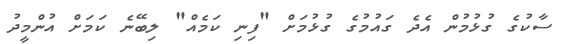
ސާކުގެ ގުޅުމުން އެދެ ގައުމުގެ ގުޅުމަށް "ފިނި ކަމެއް" ލިބޭނެ ކަމަށް އުންމީދު